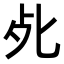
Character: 𭭾